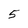
Character: 5